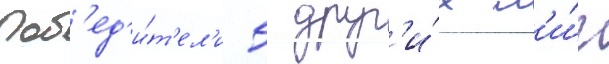
поб'ед'и́т'ел'и 5 друг'и́х л'и́г